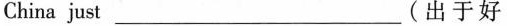
China just___(出于好